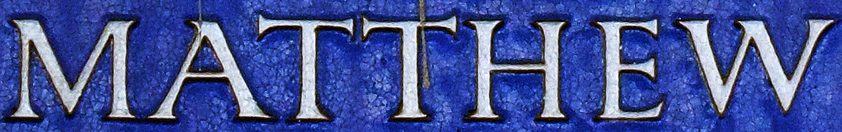
MATTHEW